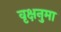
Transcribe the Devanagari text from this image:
वृक्षनुमा